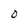
Character: O